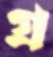
গ্র